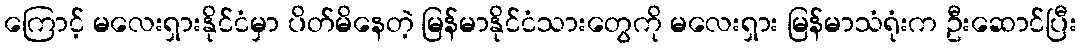
ကြောင့် မလေးရှားနိုင်ငံမှာ ပိတ်မိနေတဲ့ မြန်မာနိုင်ငံသားတွေကို မလေးရှား မြန်မာသံရုံးက ဦးဆောင်ပြီး